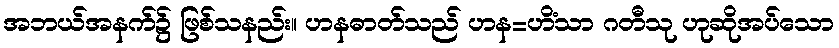
အဘယ်အနက်၌ ဖြစ်သနည်း။ ဟနဓာတ်သည် ဟန=ဟိံသာ ဂတီသု ဟုဆိုအပ်သော